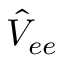
\hat { V } _ { e e }